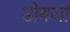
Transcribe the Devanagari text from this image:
डोबर्जा